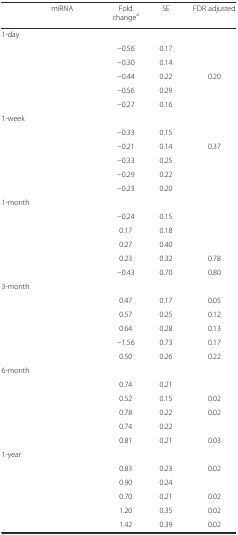
<table><thead><tr><td rowspan="2">[EMPTY_CELL]</td><td rowspan="2"><b>miRNA</b></td><td rowspan="2"><b>Fold change<sup>a</sup></b></td><td rowspan="2"><b>SE</b></td><td><b>FDR adjusted</b></td></tr><tr><td>[EMPTY_CELL]</td></tr></thead><tbody><tr><td colspan="5">1-day</td></tr><tr><td>[EMPTY_CELL]</td><td>[EMPTY_CELL]</td><td>−0.56</td><td>0.17</td><td>[EMPTY_CELL]</td></tr><tr><td>[EMPTY_CELL]</td><td>[EMPTY_CELL]</td><td>−0.30</td><td>0.14</td><td>[EMPTY_CELL]</td></tr><tr><td>[EMPTY_CELL]</td><td>[EMPTY_CELL]</td><td>−0.44</td><td>0.22</td><td>0.20</td></tr><tr><td>[EMPTY_CELL]</td><td>[EMPTY_CELL]</td><td>−0.56</td><td>0.29</td><td>[EMPTY_CELL]</td></tr><tr><td>[EMPTY_CELL]</td><td>[EMPTY_CELL]</td><td>−0.27</td><td>0.16</td><td>[EMPTY_CELL]</td></tr><tr><td colspan="5">1-week</td></tr><tr><td>[EMPTY_CELL]</td><td>[EMPTY_CELL]</td><td>−0.33</td><td>0.15</td><td>[EMPTY_CELL]</td></tr><tr><td>[EMPTY_CELL]</td><td>[EMPTY_CELL]</td><td>−0.21</td><td>0.14</td><td>0.37</td></tr><tr><td>[EMPTY_CELL]</td><td>[EMPTY_CELL]</td><td>−0.33</td><td>0.25</td><td>[EMPTY_CELL]</td></tr><tr><td>[EMPTY_CELL]</td><td>[EMPTY_CELL]</td><td>−0.29</td><td>0.22</td><td>[EMPTY_CELL]</td></tr><tr><td>[EMPTY_CELL]</td><td>[EMPTY_CELL]</td><td>−0.23</td><td>0.20</td><td>[EMPTY_CELL]</td></tr><tr><td colspan="5">1-month</td></tr><tr><td>[EMPTY_CELL]</td><td>[EMPTY_CELL]</td><td>−0.24</td><td>0.15</td><td>[EMPTY_CELL]</td></tr><tr><td>[EMPTY_CELL]</td><td>[EMPTY_CELL]</td><td>0.17</td><td>0.18</td><td>[EMPTY_CELL]</td></tr><tr><td>[EMPTY_CELL]</td><td>[EMPTY_CELL]</td><td>0.27</td><td>0.40</td><td>[EMPTY_CELL]</td></tr><tr><td>[EMPTY_CELL]</td><td>[EMPTY_CELL]</td><td>0.23</td><td>0.32</td><td>0.78</td></tr><tr><td>[EMPTY_CELL]</td><td>[EMPTY_CELL]</td><td>−0.43</td><td>0.70</td><td>0.80</td></tr><tr><td colspan="5">3-month</td></tr><tr><td>[EMPTY_CELL]</td><td>[EMPTY_CELL]</td><td>0.47</td><td>0.17</td><td>0.05</td></tr><tr><td>[EMPTY_CELL]</td><td>[EMPTY_CELL]</td><td>0.57</td><td>0.25</td><td>0.12</td></tr><tr><td>[EMPTY_CELL]</td><td>[EMPTY_CELL]</td><td>0.64</td><td>0.28</td><td>0.13</td></tr><tr><td>[EMPTY_CELL]</td><td>[EMPTY_CELL]</td><td>−1.56</td><td>0.73</td><td>0.17</td></tr><tr><td>[EMPTY_CELL]</td><td>[EMPTY_CELL]</td><td>0.50</td><td>0.26</td><td>0.22</td></tr><tr><td colspan="5">6-month</td></tr><tr><td>[EMPTY_CELL]</td><td>[EMPTY_CELL]</td><td>0.74</td><td>0.21</td><td>[EMPTY_CELL]</td></tr><tr><td>[EMPTY_CELL]</td><td>[EMPTY_CELL]</td><td>0.52</td><td>0.15</td><td>0.02</td></tr><tr><td>[EMPTY_CELL]</td><td>[EMPTY_CELL]</td><td>0.78</td><td>0.22</td><td>0.02</td></tr><tr><td>[EMPTY_CELL]</td><td>[EMPTY_CELL]</td><td>0.74</td><td>0.22</td><td>[EMPTY_CELL]</td></tr><tr><td>[EMPTY_CELL]</td><td>[EMPTY_CELL]</td><td>0.81</td><td>0.21</td><td>0.03</td></tr><tr><td colspan="5">1-year</td></tr><tr><td>[EMPTY_CELL]</td><td>[EMPTY_CELL]</td><td>0.83</td><td>0.23</td><td>0.02</td></tr><tr><td>[EMPTY_CELL]</td><td>[EMPTY_CELL]</td><td>0.90</td><td>0.24</td><td>[EMPTY_CELL]</td></tr><tr><td>[EMPTY_CELL]</td><td>[EMPTY_CELL]</td><td>0.70</td><td>0.21</td><td>0.02</td></tr><tr><td>[EMPTY_CELL]</td><td>[EMPTY_CELL]</td><td>1.20</td><td>0.35</td><td>0.02</td></tr><tr><td>[EMPTY_CELL]</td><td>[EMPTY_CELL]</td><td>1.42</td><td>0.39</td><td>0.02</td></tr></tbody></table>